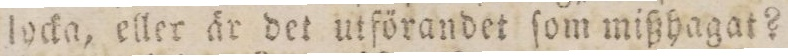
locka, eller är det utförandet ſom mißhagat?